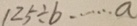
1 2 5 \div b \cdots a